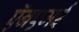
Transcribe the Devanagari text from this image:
ऍनएमई